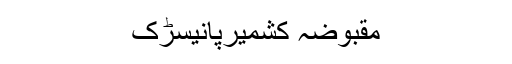
مقبوضہ کشمیرپانیسڑک